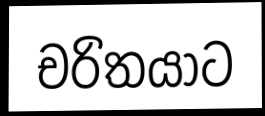
චරිතයාට